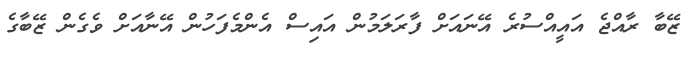
ޒޭބާ ރާއްޖެ އައީއްސުރެ އޭނައަށް ފާރަލަމުން އައިސް އެންމެފަހުން އޭނާއަށް ވެގެން ޒޭބާގެ